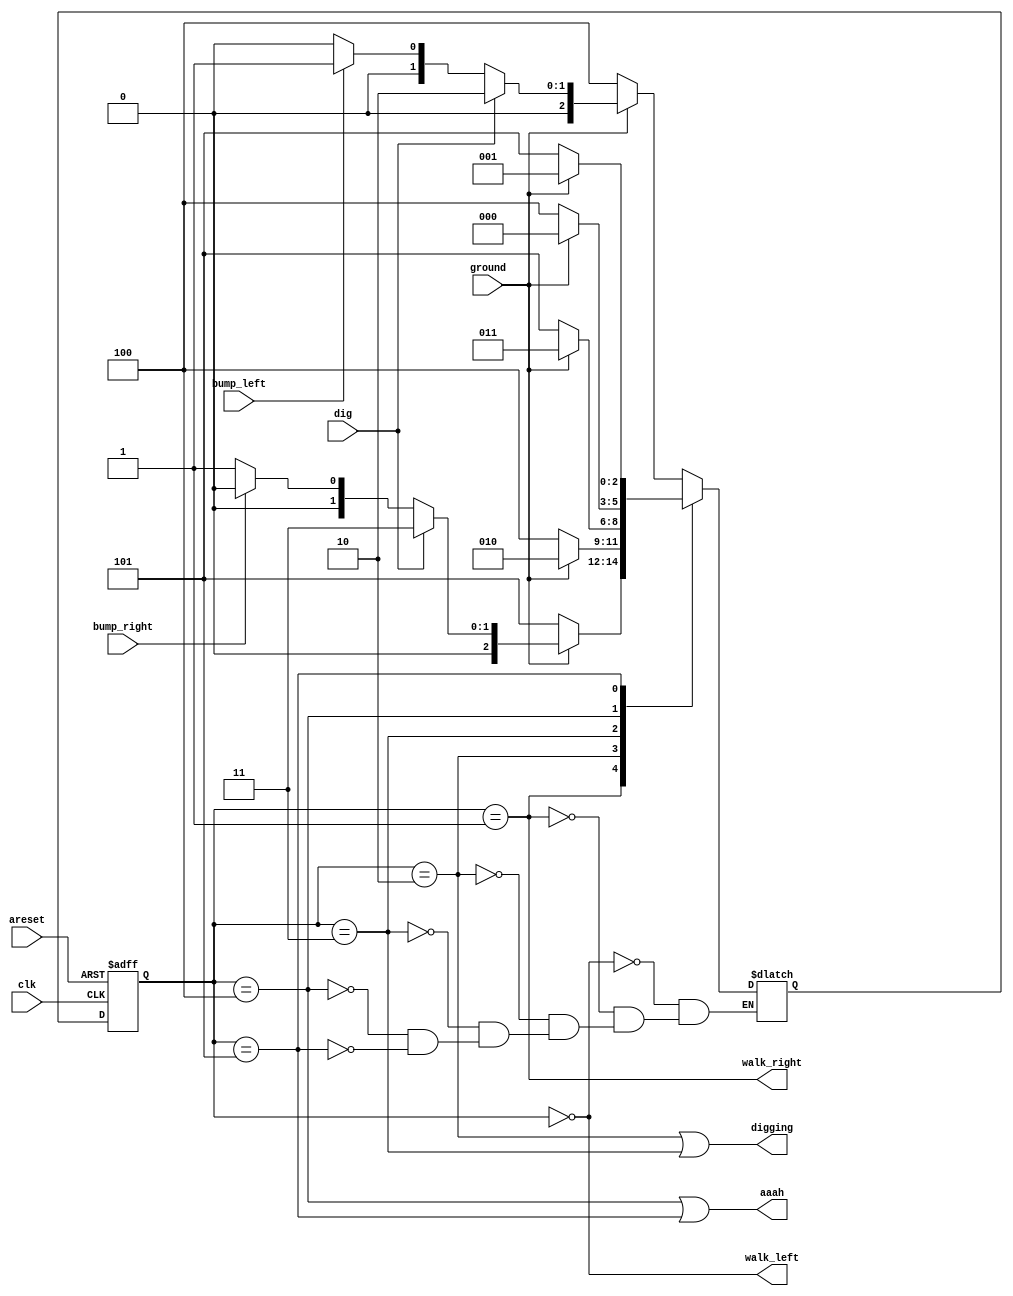
module top_module(
    input clk,
    input areset,    // Freshly brainwashed Lemmings walk left.
    input bump_left,
    input bump_right,
    input ground,
    input dig,
    output walk_left,
    output walk_right,
    output aaah,
    output digging
); 

parameter LEFT = 3'd0, RIGHT = 3'd1, DIGL = 3'd2, DIGR = 3'd3, FALLL = 3'd4, FALLR = 3'd5;

reg [2:0] state, nxt_state;

always @ (*) begin
    case (state)
        LEFT  : nxt_state = ~ground ? FALLL : (dig ? DIGL : (bump_left ? RIGHT : LEFT));
        RIGHT : nxt_state = ~ground ? FALLR : (dig ? DIGR : (bump_right ? LEFT : RIGHT));
        DIGL  : nxt_state = ~ground ? FALLL : DIGL;
        DIGR  : nxt_state = ~ground ? FALLR : DIGR;
        FALLL : nxt_state = ground ? LEFT : FALLL;
        FALLR : nxt_state = ground ? RIGHT: FALLR;
    endcase
end

always @(posedge clk, posedge areset) begin
   if (areset) state <= LEFT;
   else state <= nxt_state;
end

assign walk_left  = state == LEFT;
assign walk_right = state == RIGHT;
assign aaah       = (state == FALLL) | (state == FALLR);
assign digging    = (state == DIGL) | (state == DIGR);

endmodule